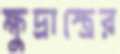
ক্ষুদ্রাস্ত্রের